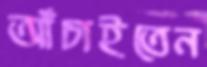
আঁচাইতেন